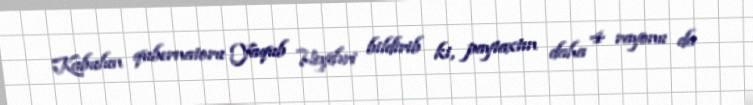
Kabulun qubernatoru Yaqub Heydəri bildirib ki, paytaxtın daha 4 rayonu da